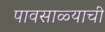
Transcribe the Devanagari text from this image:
पावसाळ्याची